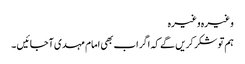
وغیرہ وغیرہ
ہم تو شکر کریں گے کہ اگر اب بھی امام مہدی آجائیں ۔